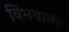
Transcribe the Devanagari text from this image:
विभवातंर